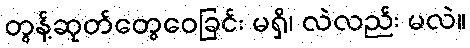
တွန့်ဆုတ်တွေဝေခြင်း မရှိ၊ လဲလည်း မလဲ။